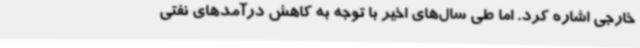
خارجی اشاره کرد. اما طی سال‌های اخیر با توجه به کاهش درآمدهای نفتی